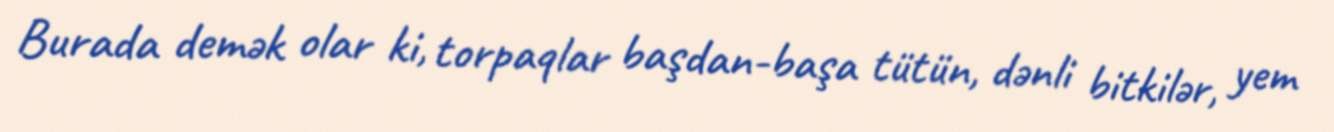
Burada demək olar ki, torpaqlar başdan-başa tütün, dənli bitkilər, yem